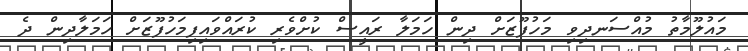
މައުލޫމާތު މުއްސަނދިވި މަހުފޫޒަށް ދިން ހަމަލާ ރައީސް ކުށްވެރި ކުރައްވައިފިމަހުފޫޒަށް ހަމަލާދިން ދެ